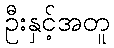
ဦးနှင့်အတူ